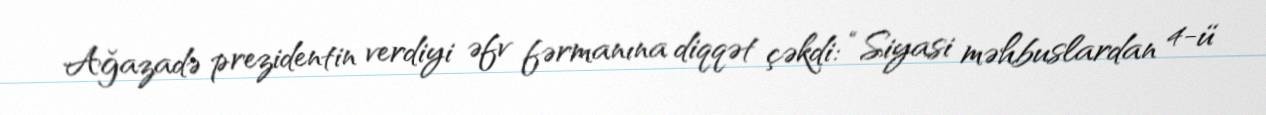
Ağazadə prezidentin verdiyi əfv fərmanına diqqət çəkdi: “Siyasi məhbuslardan 4-ü